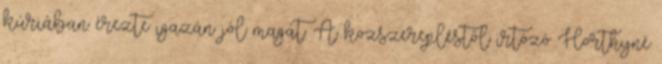
kúriában érezte igazán jól magát. A közszerepléstől irtózó Horthyné